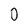
Character: 0